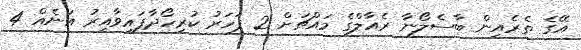
އޭގެ ތެރެއިން ބާސެލޯނާ ރެއާލްގެ މައްޗަށް 2 ފަހަރު ކުރިހޯދާފައިވާއިރު އަނެއް 4